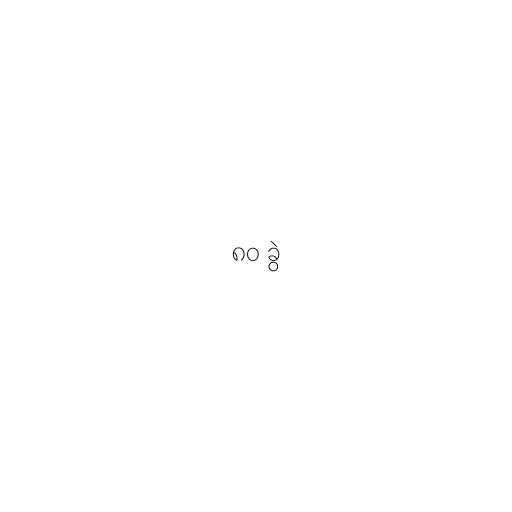
၈၀ ခွဲ